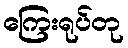
ကြေးရုပ်တု